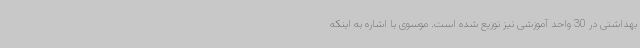
بهداشتی در 30 واحد آموزشی نیز توزیع شده است. موسوی با اشاره به اینکه